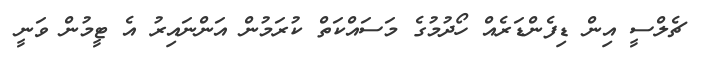
ޗެލްސީ އިން ޑިފެންޑަރެއް ހޯދުމުގެ މަސައްކަތް ކުރަމުން އަންނައިރު އެ ޓީމުން ވަނީ